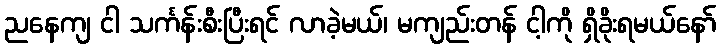
ညနေကျ ငါ သင်္ကန်းစီးပြီးရင် လာခဲ့မယ်၊ မကျည်းတန် ငါ့ကို ရှိခိုးရမယ်နော်